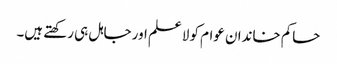
حاکم خاندان عوام کو لاعلم اور جاہل ہی رکھتے ہیں۔